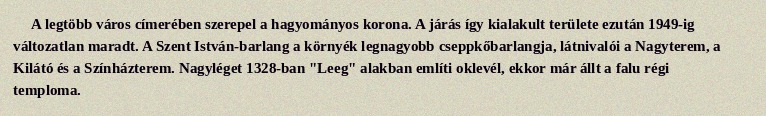
A legtöbb város címerében szerepel a hagyományos korona. A járás így kialakult területe ezután 1949-ig változatlan maradt. A Szent István-barlang a környék legnagyobb cseppkőbarlangja, látnivalói a Nagyterem, a Kilátó és a Színházterem. Nagyléget 1328-ban "Leeg" alakban említi oklevél, ekkor már állt a falu régi temploma.